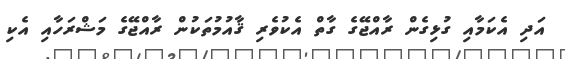
އަދި އެކަމާއި ގުޅިގެން ރާއްޖޭގެ ގާތް އެކުވެރި ޤާއުމުތަކުން ރާއްޖޭގެ މަޝްރަހާއި އެކި